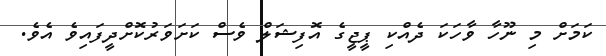
ކަމަށް މި ނޫހާ ވާހަކަ ދެއްކި ޕީޖީގެ އޮފިޝަލް ވެސް ކަށަވަރުކޮށްދީފައިވެ އެވެ.